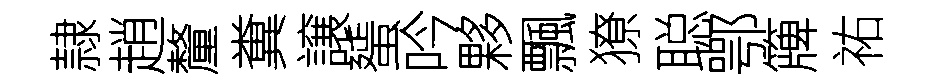
隷趙釐糞譲蜑吟夥飄獠聪鄂簰祐